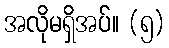
အလိုမရှိအပ်။ (၅)